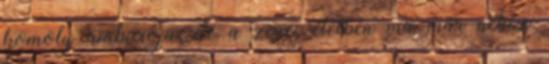
komoly ambíciója, de a zenei életben ma már nehéz